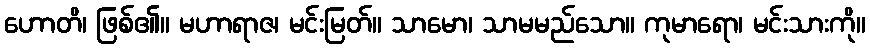
ဟောတိ၊ ဖြစ်၏။ မဟာရာဇ၊ မင်းမြတ်။ သာမော၊ သာမမည်သော။ ကုမာရော၊ မင်းသားကို။